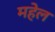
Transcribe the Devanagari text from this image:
महेल